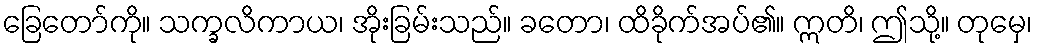
ခြေတော်ကို။ သက္ခလိကာယ၊ အိုးခြမ်းသည်။ ခတော၊ ထိခိုက်အပ်၏။ ဣတိ၊ ဤသို့။ တုမှေ၊